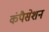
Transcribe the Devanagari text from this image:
कंपैसेशन